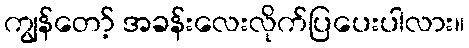
ကျွန်တော့် အခန်းလေးလိုက်ပြပေးပါလား။